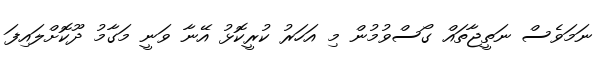
ނަމަވެސް ނަތީޖާތައް ގޯސްވުމުން މި އަހަރު ކުރީކޮޅު އޭނާ ވަނީ މަގާމު ދޫކޮށްލައިފަ